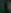
)